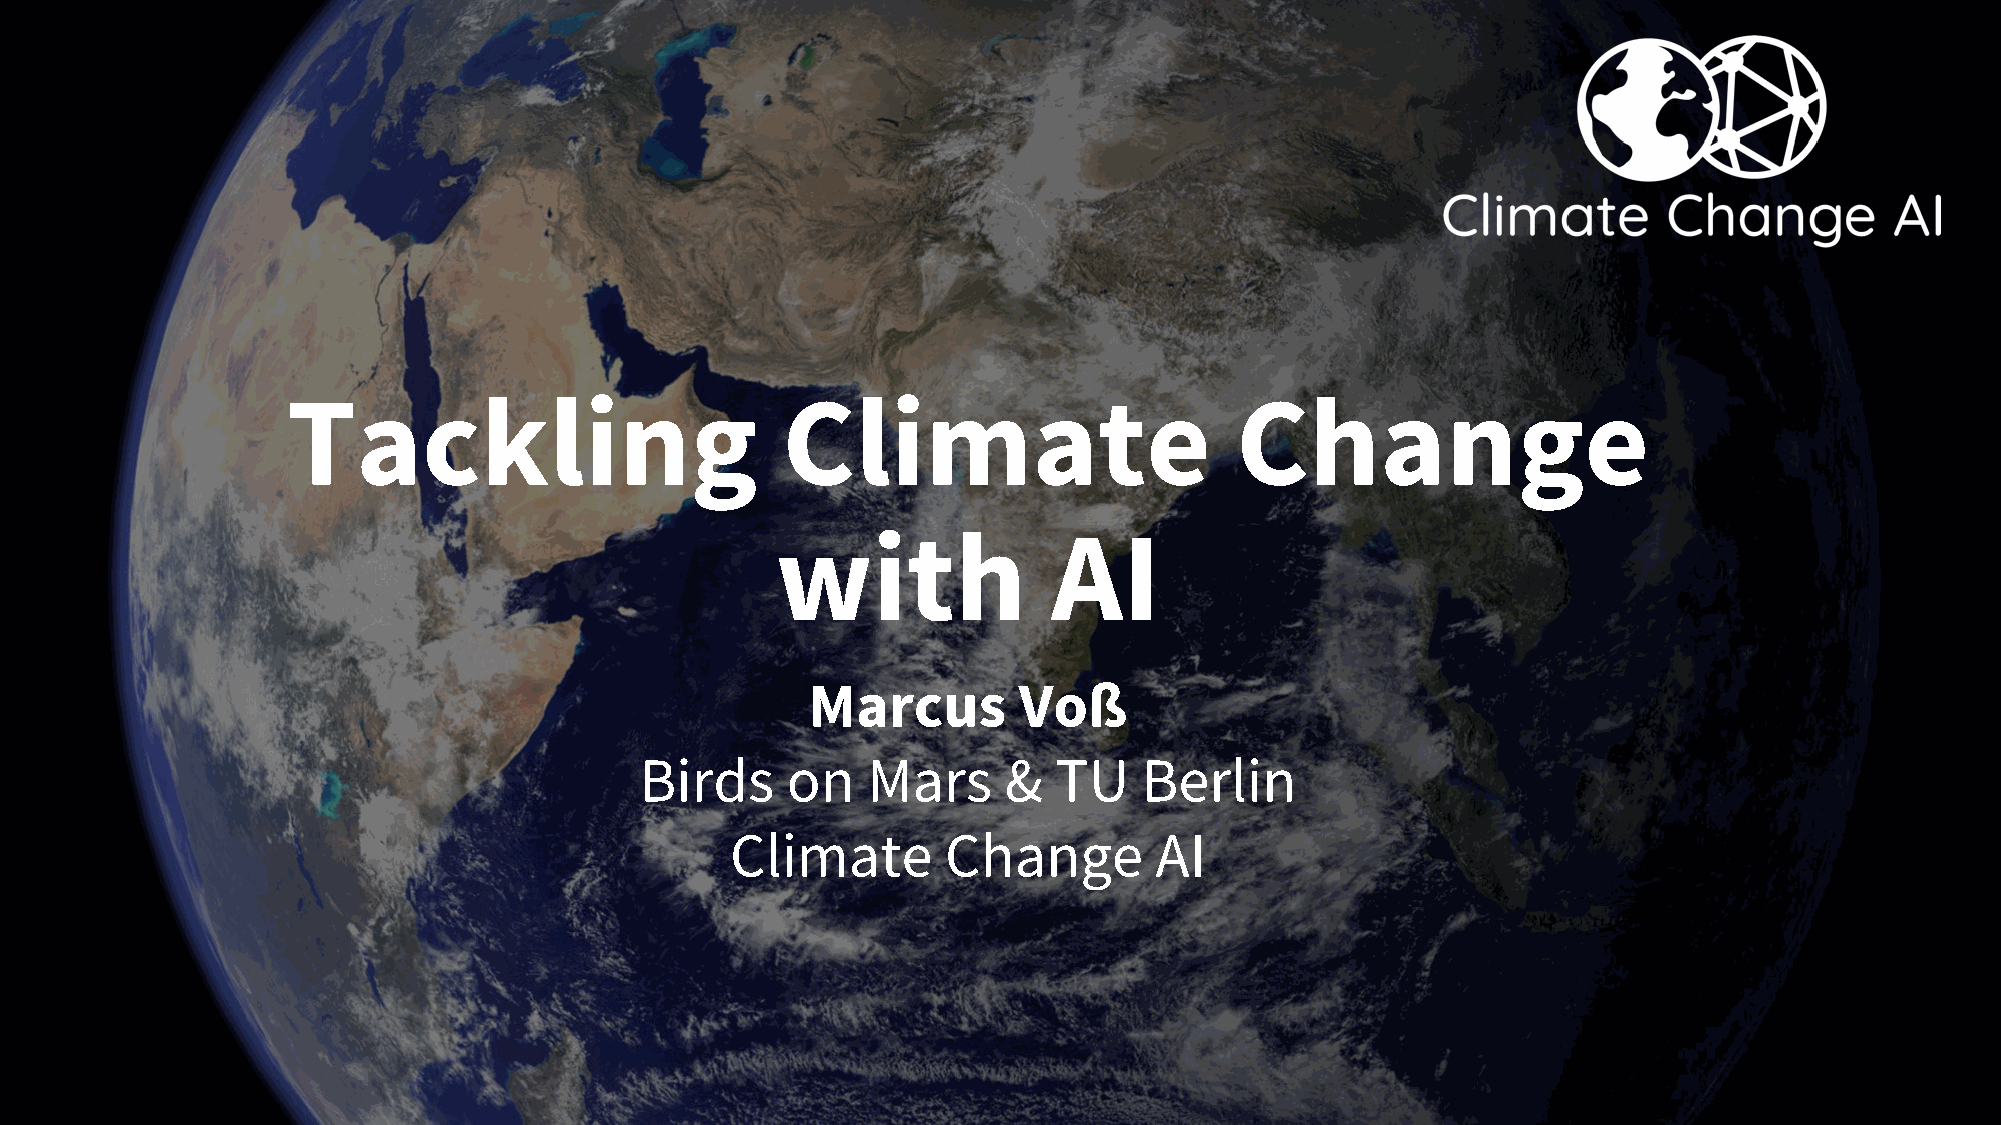
Tackling                         Climate                       Change
 with               AI
 Marcus        Voß
 Birds     on   Mars     &   TU    Berlin
 Climate        Change       AI